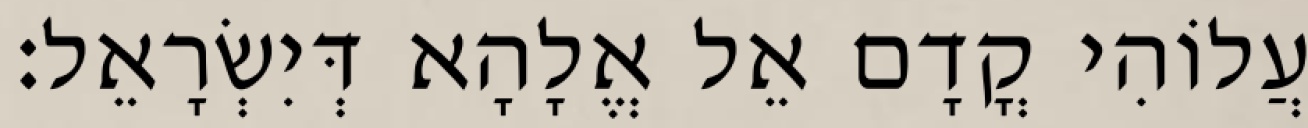
עֲלוֹהִי קֳדָם אֵל אֱלָהָא דְּיִשְׂרָאֵל׃